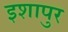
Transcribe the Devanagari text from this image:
इशापुर